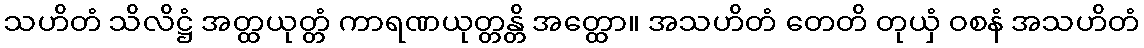
သဟိတံ သိလိဋ္ဌံ အတ္ထယုတ္တံ ကာရဏယုတ္တန္တိ အတ္ထော။ အသဟိတံ တေတိ တုယှံ ဝစနံ အသဟိတံ